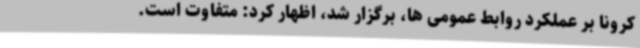
کرونا بر عملکرد روابط عمومی ها، برگزار شد، اظهار کرد: متفاوت است.